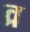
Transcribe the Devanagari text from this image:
व्र